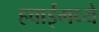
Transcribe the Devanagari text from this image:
हवाईमध्ये